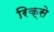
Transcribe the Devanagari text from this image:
रिक्से